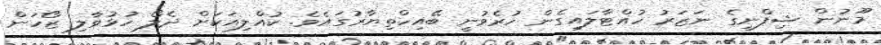
މޫނުން ޝިފްނީގެ ނަޒަރު ހުއްޓާލައިގެން ހުރެވުނީ ބޭއިހްތިޔާރުގައެވެ. ކުއްލިއަކަށް ދެލޯ ހުޅުވާލި ޒޯހަން